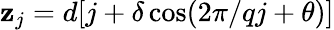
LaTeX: \mathbf{z}_{j}=d[j+\delta\cos(2\pi/qj+\theta)]